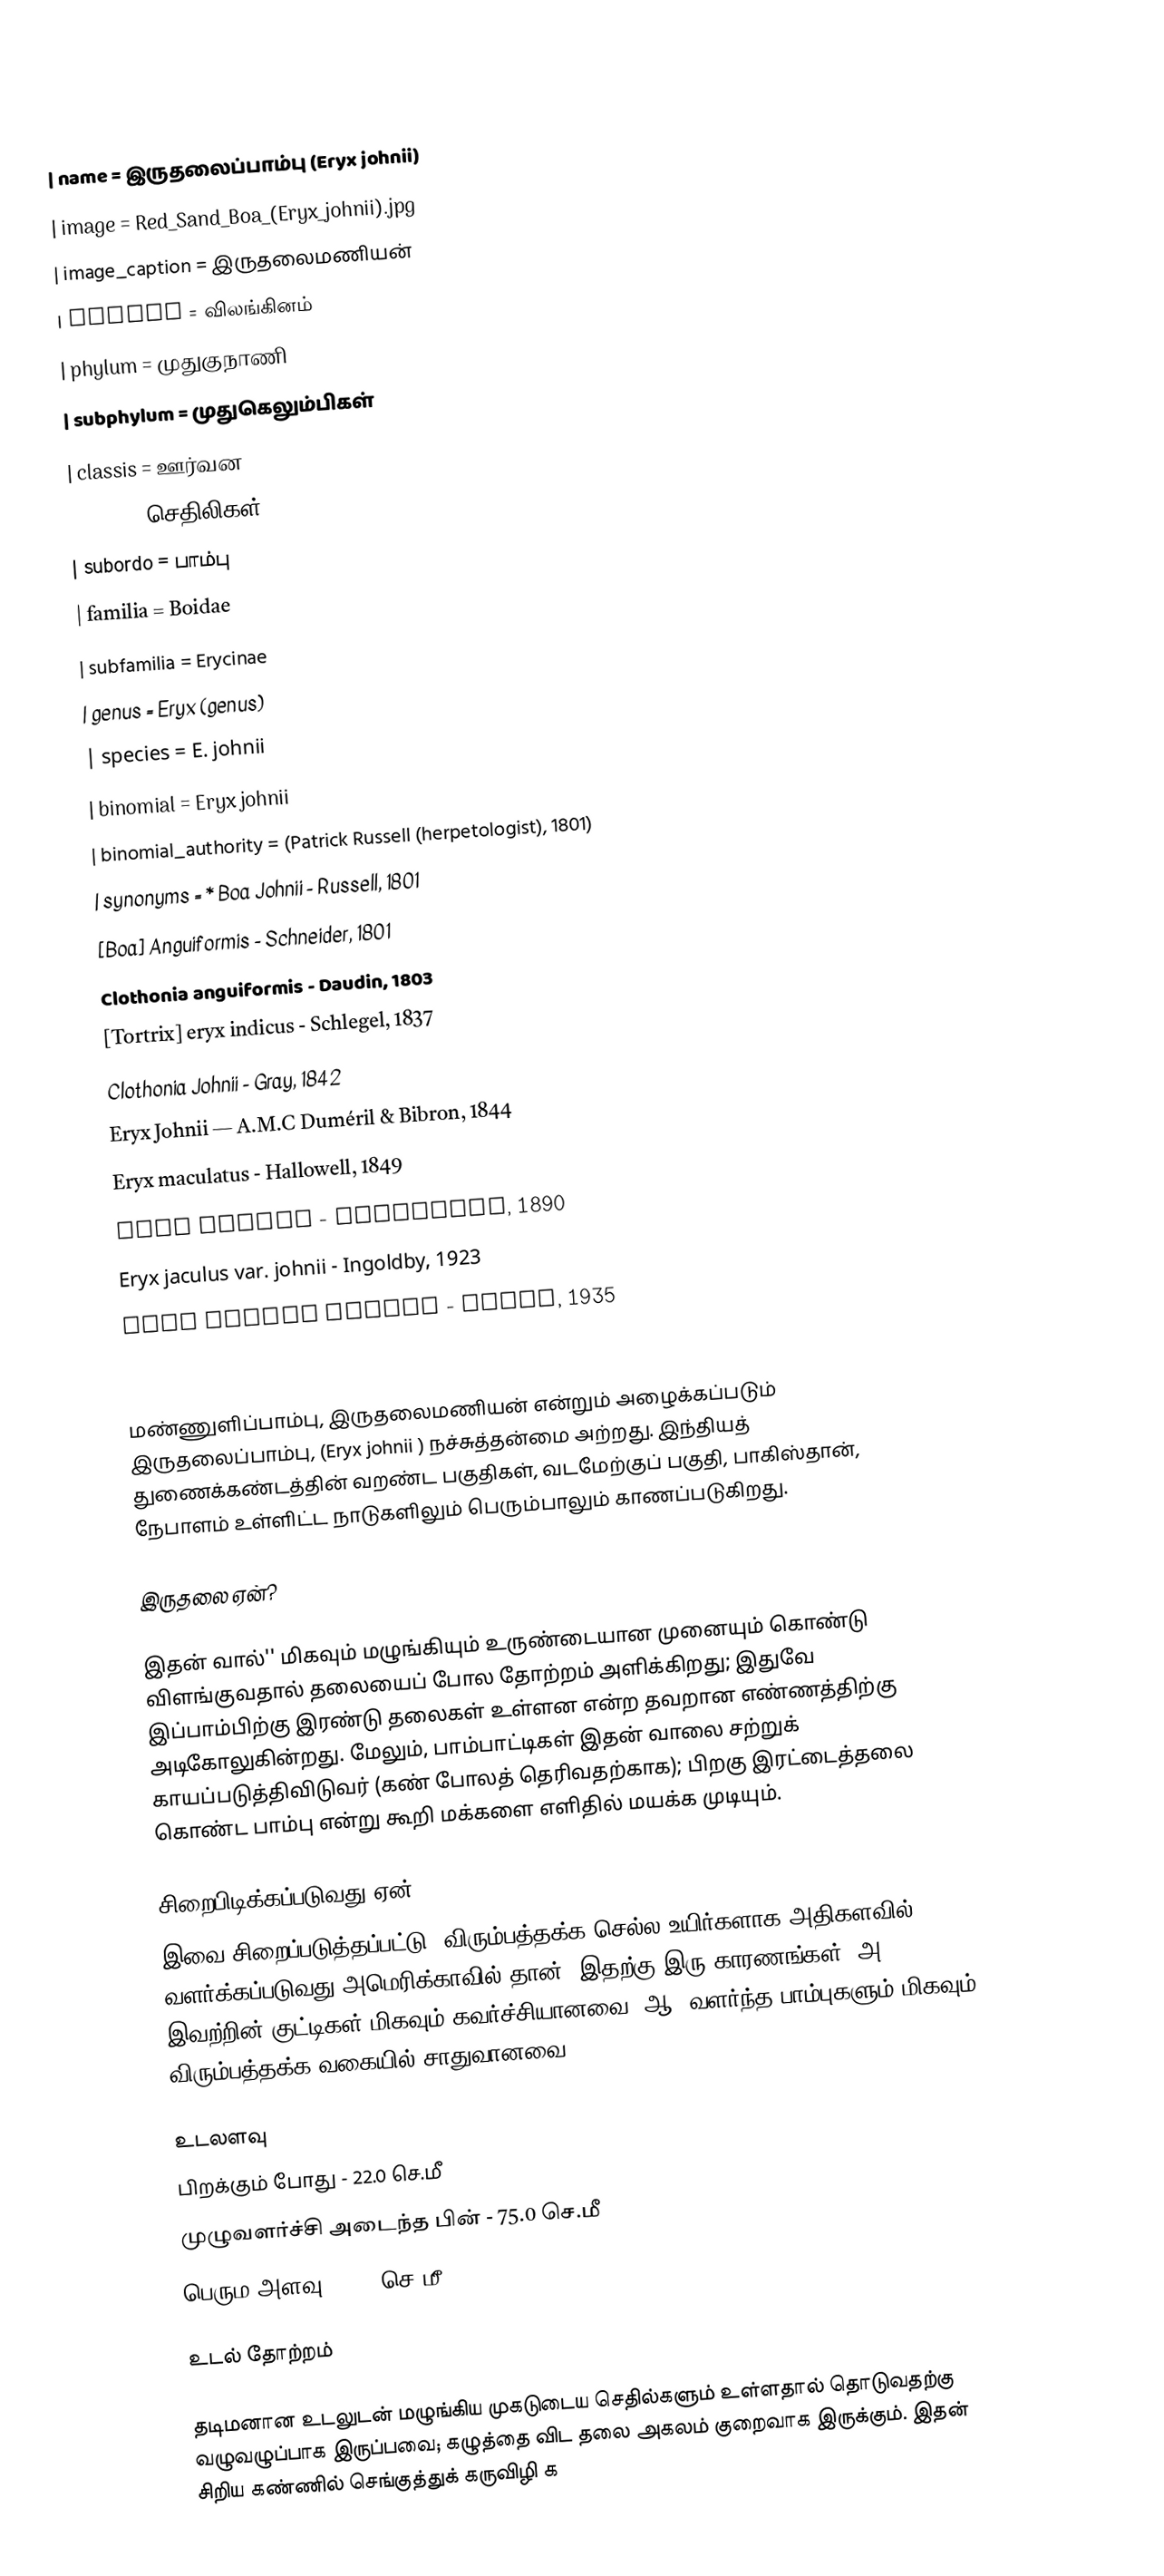
{{Taxobox
| name = இருதலைப்பாம்பு (Eryx johnii)
| image = Red_Sand_Boa_(Eryx_johnii).jpg
| image_caption = இருதலைமணியன்
| regnum = விலங்கினம்
| phylum = முதுகுநாணி
| subphylum = முதுகெலும்பிகள்
| classis = ஊர்வன
| ordo = செதிலிகள்Squamata
|  subordo = பாம்பு
| familia = Boidae
| subfamilia =  Erycinae
| genus = Eryx (genus)
| species = E. johnii
| binomial = Eryx johnii
|  binomial_authority = (Patrick  Russell (herpetologist),  1801)
| synonyms = *  Boa Johnii -  Russell, 1801
 [Boa] Anguiformis  -  Schneider, 1801
 Clothonia anguiformis  - Daudin,  1803
  [Tortrix] eryx indicus  -  Schlegel, 1837
 Clothonia Johnii  - Gray,  1842
  Eryx Johnii — A.M.C Duméril & Bibron, 1844
 Eryx maculatus - Hallowell, 1849
 Eryx johnii - Boulenger, 1890
 Eryx jaculus var. johnii  -  Ingoldby, 1923
 Eryx johnii johnii  - Stull,  1935
  [Eryx] johnii  - Kluge,  1993
}}
மண்ணுளிப்பாம்பு, இருதலைமணியன்  என்றும் அழைக்கப்படும் இருதலைப்பாம்பு, (Eryx johnii ) நச்சுத்தன்மை அற்றது. இந்தியத் துணைக்கண்டத்தின் வறண்ட பகுதிகள், வடமேற்குப் பகுதி, பாகிஸ்தான், நேபாளம் உள்ளிட்ட நாடுகளிலும் பெரும்பாலும் காணப்படுகிறது.

இருதலை ஏன்?

இதன் வால்'' மிகவும் மழுங்கியும் உருண்டையான முனையும் கொண்டு விளங்குவதால் தலையைப் போல தோற்றம் அளிக்கிறது; இதுவே இப்பாம்பிற்கு இரண்டு தலைகள் உள்ளன என்ற தவறான எண்ணத்திற்கு அடிகோலுகின்றது.  மேலும், பாம்பாட்டிகள் இதன் வாலை சற்றுக் காயப்படுத்திவிடுவர் (கண் போலத் தெரிவதற்காக); பிறகு இரட்டைத்தலை கொண்ட பாம்பு என்று கூறி மக்களை எளிதில் மயக்க முடியும்.

சிறைபிடிக்கப்படுவது  ஏன்?
இவை சிறைப்படுத்தப்பட்டு, விரும்பத்தக்க செல்ல உயிர்களாக அதிகளவில் வளர்க்கப்படுவது அமெரிக்காவில் தான். இதற்கு இரு காரணங்கள்: அ] இவற்றின் குட்டிகள் மிகவும் கவர்ச்சியானவை. ஆ] வளர்ந்த பாம்புகளும் மிகவும் விரும்பத்தக்க வகையில் சாதுவானவை.

உடலளவு
 பிறக்கும் போது - 22.0 செ.மீ
 முழுவளர்ச்சி அடைந்த பின் - 75.0 செ.மீ
 பெரும அளவு - 100 செ.மீ

உடல் தோற்றம்

தடிமனான உடலுடன் மழுங்கிய முகடுடைய செதில்களும் உள்ளதால் தொடுவதற்கு வழுவழுப்பாக இருப்பவை; கழுத்தை விட தலை அகலம் குறைவாக இருக்கும். இதன் சிறிய கண்ணில் செங்குத்துக் கருவிழி க